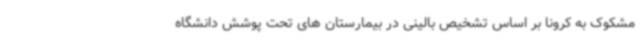
مشکوک به کرونا بر اساس تشخیص بالینی در بیمارستان های تحت پوشش دانشگاه